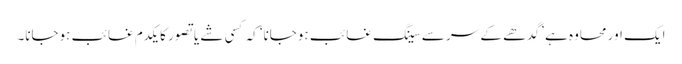
ایک اور محاوہ ہے ’گدھے کے سر سے سینگ غائب ہوجانا‘ کہ کسی شے یا تصور کا یکدم غائب ہوجانا۔